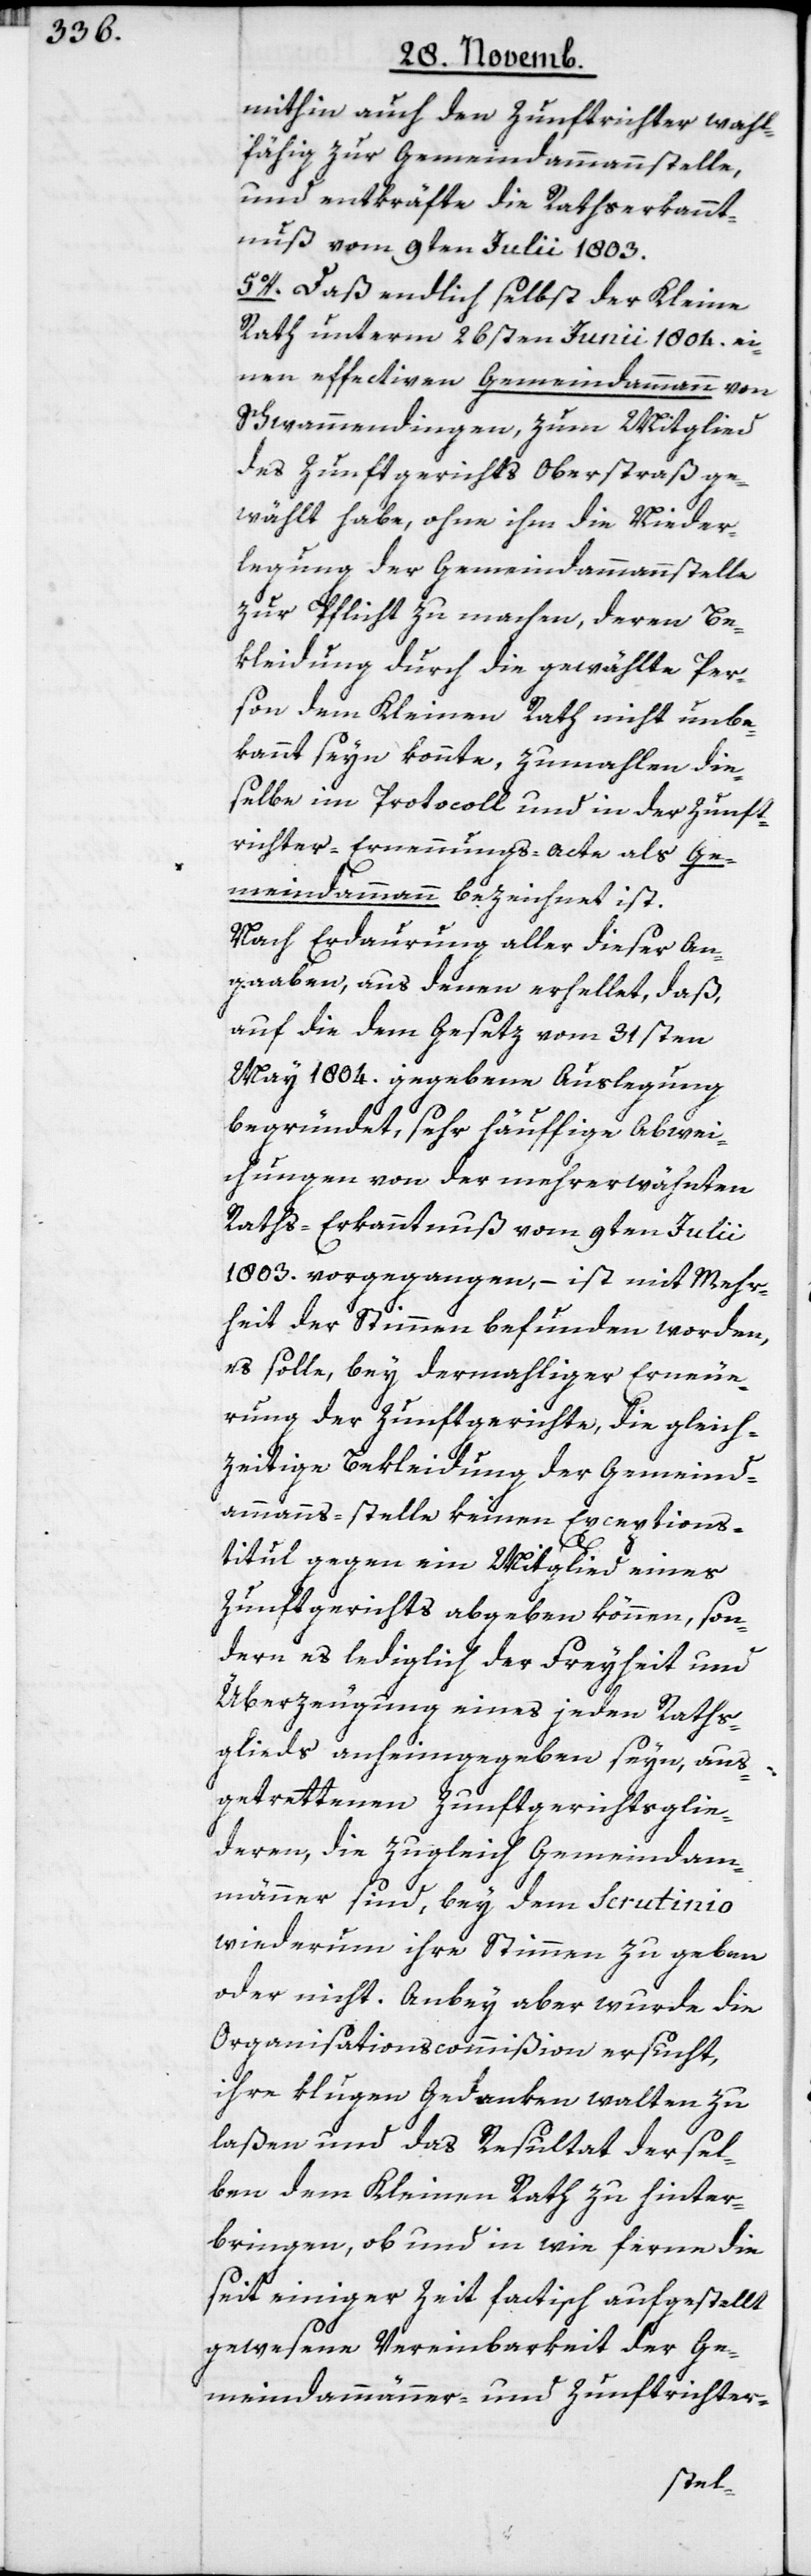
mithin auch den Zunftrichter wahl¬
fähig zur Gemeindammannstelle,
und entkräfte die Rathserkannt¬
nuß vom 9ten Julii 1803.
5o. Daß endlich selbst der Kleine
Rath unterm 26sten Junii 1804. ei¬
nen effectiven Gemeindammann von
Schwamendingen, zum Mitglied
des Zunftgerichts Oberstraß ge¬
wählt habe, ohne ihn die Nieder¬
legung der Gemeindammannstelle
zur Pflicht zu machen, deren Be¬
kleidung durch die gewählte Per¬
son dem Kleinen Rath nicht unbe¬
kannt seyn konnte, zumahlen die¬
selbe im Protocoll und in der Zunft¬
richter-Ernennungs-Acte als Ge¬
meindammann bezeichnet ist.
Nach Erdaurung aller dieser An¬
gaaben, aus denen erhellet, daß,
auf die dem Gesetz vom 31sten
May 1804. gegebene Auslegung
begründet, sehr häuffige Abwei¬
chungen von der mehrerwähnten
Raths-Erkanntnuß vom 9ten Julii
1803. vorgegangen, – ist mit Mehr¬
heit der Stimmen befunden worden,
es solle, bey dermahliger Erneue¬
rung der Zunftgerichte, die gleich¬
zeitige Bekleidung der Gemeind¬
ammanns-stelle keinen Exeptions¬
titul gegen ein Mitglied eines
Zunftgerichts abgeben können, son¬
dern es lediglich der Freyheit und
Überzeugung eines jeden Raths¬
glieds anheimgegeben seyn, aus¬
getrettenen Zunftgerichtsglie¬
deren, die zugleich Gemeindam¬
männer sind, bey dem Scrutinio
wiederum ihre Stimmen zu geben
oder nicht. Anbei aber wurde die
Organisations-Commißion ersucht,
ihre klugen Gedanken walten zu
laßen und das Resultat dersel¬
ben dem Kleinen Rath zu hinter¬
bringen, ob und in wie ferne die
seit einiger Zeit factisch aufgestellt
gewesene Vereinbarkeit der Ge¬
meindammänner- und Zunftrichter-